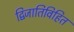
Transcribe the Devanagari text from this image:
द्विजातिविहित